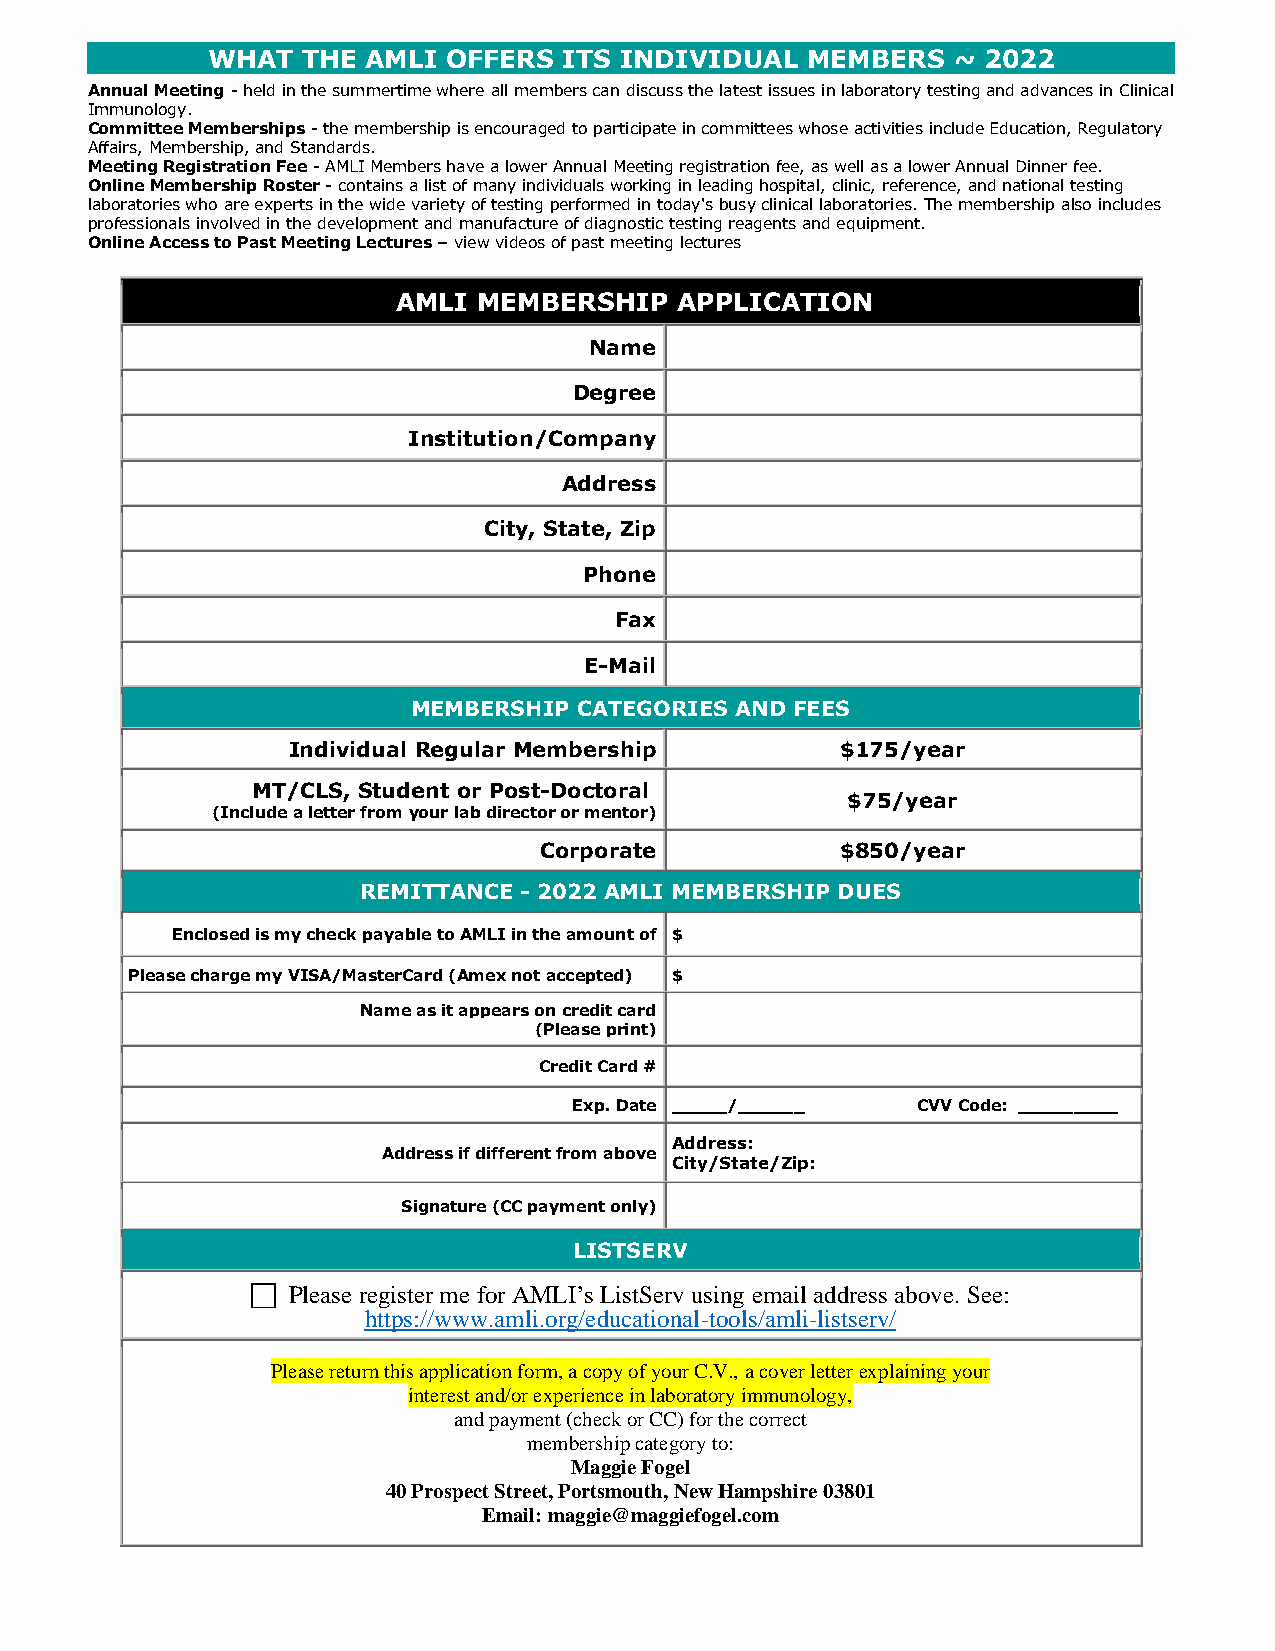
WHAT  THE AMLI  OFFERS ITS INDIVIDUAL  MEMBERS   ~ 2022
 Annual Meeting- held in the summertime where all members can discuss the latest issues in laboratory testing and advances in Clinical
 Immunology.
 Committee Memberships - the membership is encouraged to participate in committees whose activities include Education, Regulatory
 Affairs, Membership, and Standards.
 Meeting Registration Fee - AMLI Members have a lower Annual Meeting registration fee, as well as a lower Annual Dinner fee.
 Online Membership Roster - contains a list of many individuals working in leading hospital, clinic, reference, and national testing
 laboratories who are experts in the wide variety of testing performed in today's busy clinical laboratories. The membership also includes
 professionals involved in the development and manufacture of diagnostic testing reagents and equipment.
 Online Access to Past Meeting Lectures – view videos of past meeting lectures
 AMLI  MEMBERSHIP   APPLICATION
 Name
 Degree
 Institution/Company
 Address
 City, State, Zip
 Phone
 Fax
 E-Mail
 MEMBERSHIP CATEGORIES AND FEES
 Individual Regular Membership        $175/year
 MT/CLS, Student or Post-Doctoral
 $75/year
 (Include a letter from your lab director or mentor)
 Corporate           $850/year
 REMITTANCE - 2022 AMLI MEMBERSHIP DUES
 Enclosed is my check payable to AMLI in the amount of $
 Please charge my VISA/MasterCard (Amex not accepted) $
 Name as it appears on credit card
 (Please print)
 Credit Card #
 Exp. Date _____/______ CVV Code: _________
 Address:
 Address if different from above
 City/State/Zip:
 Signature (CC payment only)
 LISTSERV
  Please register me for AMLI’s ListServ using email address above. See:
 https://www.amli.org/educational-tools/amli-listserv/
 Please return this application form, a copy of your C.V., a cover letter explaining your
 interest and/or experience in laboratory immunology,
 and payment (check or CC) for the correct
 membership category to:
 Maggie Fogel
 40 Prospect Street, Portsmouth, New Hampshire 03801
 Email: maggie@maggiefogel.com